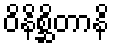
ဝိနိစ္ဆိတာနိ